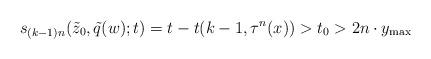
LaTeX: \begin{align*}s_{(k-1)n}(\tilde{z}_0,\tilde{q}(w);t)=t-t(k-1,\tau^{n}(x))>t_0>2n\cdot y_{\max}\end{align*}